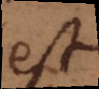
est